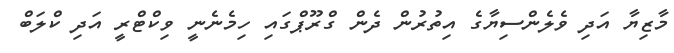
މާޒިޔާ އަދި ވެލެންސިޔާގެ އިތުރުން ދެން ގްރޫޕްގައި ހިމެނެނީ ވިކްޓްރީ އަދި ކްލަބް